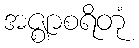
အဇ္ဈာစရိတုံ